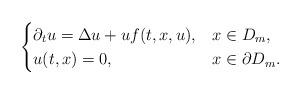
LaTeX: \begin{align*}\begin{cases}\partial _t u= \Delta u + uf(t, x, u), & x\in D_m,\\u(t, x)=0, & x \in \partial D_m.\end{cases}\end{align*}